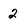
Character: 2